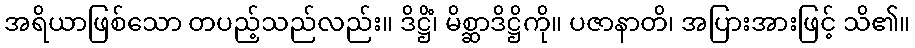
အရိယာဖြစ်သော တပည့်သည်လည်း။ ဒိဋ္ဌိံ၊ မိစ္ဆာဒိဋ္ဌိကို။ ပဇာနာတိ၊ အပြားအားဖြင့် သိ၏။